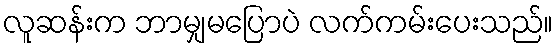
လူဆန်းက ဘာမျှမပြောပဲ လက်ကမ်းပေးသည်။